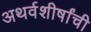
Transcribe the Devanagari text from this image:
अथर्वशीर्षांची